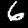
Label: 6